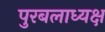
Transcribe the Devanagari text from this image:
पुरबलाध्यक्ष